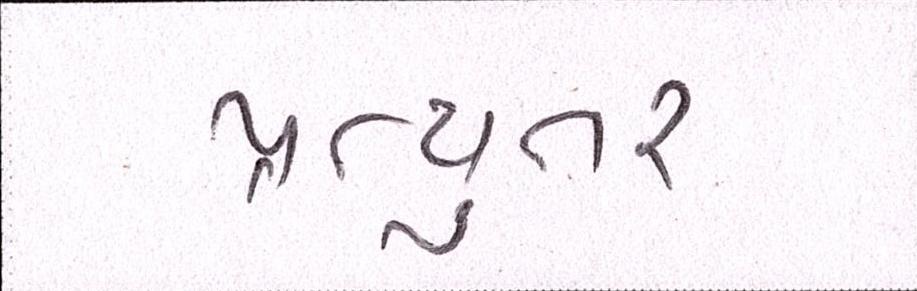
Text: પ્રત્યુતર